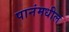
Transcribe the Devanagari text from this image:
पानंमधील